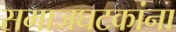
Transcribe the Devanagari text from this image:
समाजघटकांना